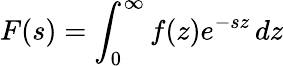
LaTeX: F(s)=\int_{0}^{\infty}f(z)e^{-sz}\, dz